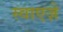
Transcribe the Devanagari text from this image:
स्वाएज़े